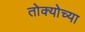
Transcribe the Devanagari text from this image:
तोक्योच्या